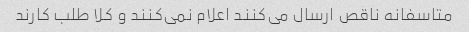
متاسفانه ناقص ارسال می‌کنند اعلام نمی‌کنند و کلا طلب کارند